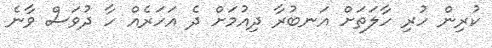
ކުރިން ހުރި ހާލަތަށް އަނބުރާ ދިއުމަށް ދެ އަހަރެއް ހާ ދުވަސް ވާނެ